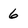
Character: 6